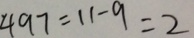
4 9 7 = 1 1 - 9 = 2